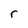
Character: r